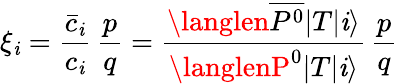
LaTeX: \xi_{\mathit{i}}=\frac{{\bar{{c}}_{\mathit{i}}}}{{c_{\mathit{i}}}}\, \frac{{p}}{{q}}=\frac{{\langlen\overline{{{{P^{0}}}}}|T|\mathit{i}\rangle}}{{\langlenP^{0}|T|\mathit{i}\rangle}}\, \frac{{p}}{{q}}